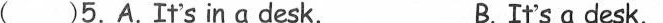
( )5.A.It's in a desk. B.It's a desk.